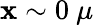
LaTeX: \mathbf{x}\sim0\ \mu